Bréfritari: Soffía Daníelsdóttir
Viðtakandi: Jakobína Magnúsdóttir og Daníel Halldórsson
Dagsetning: A-1903-10-18
Skrifað á: Skeggjastöðum  N-Múl.
Soffía var dóttir Jakobínu og Daníels

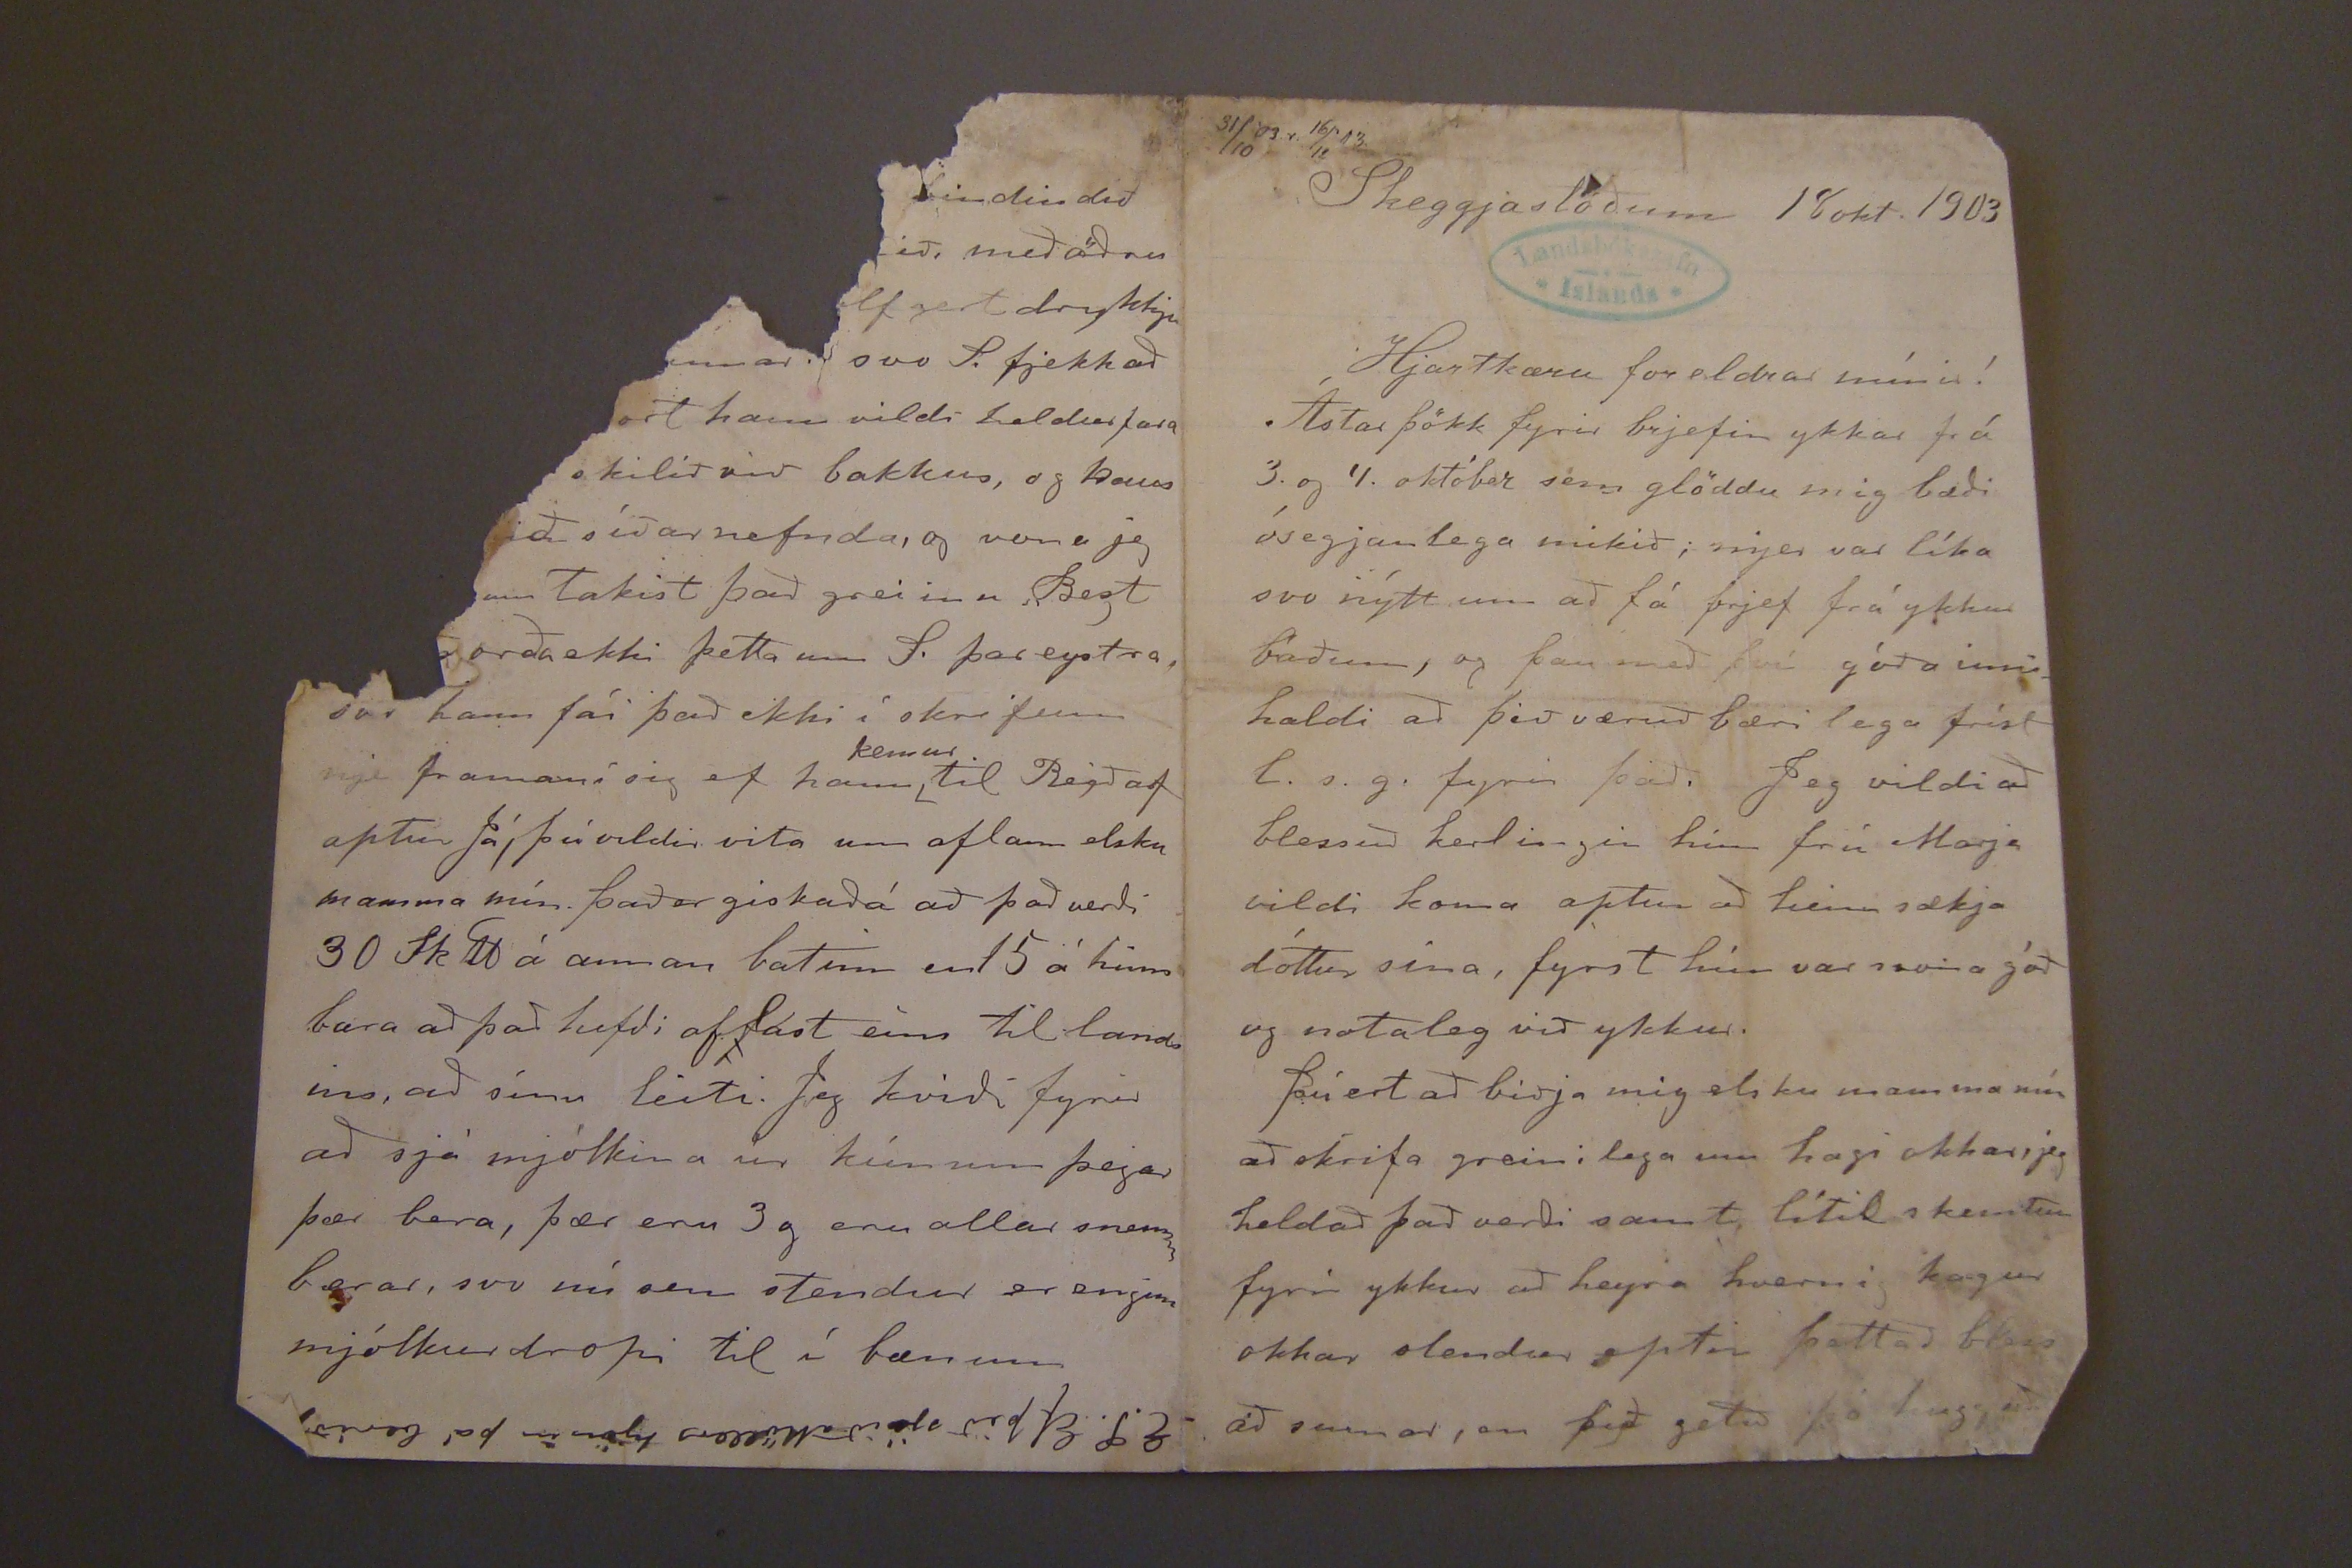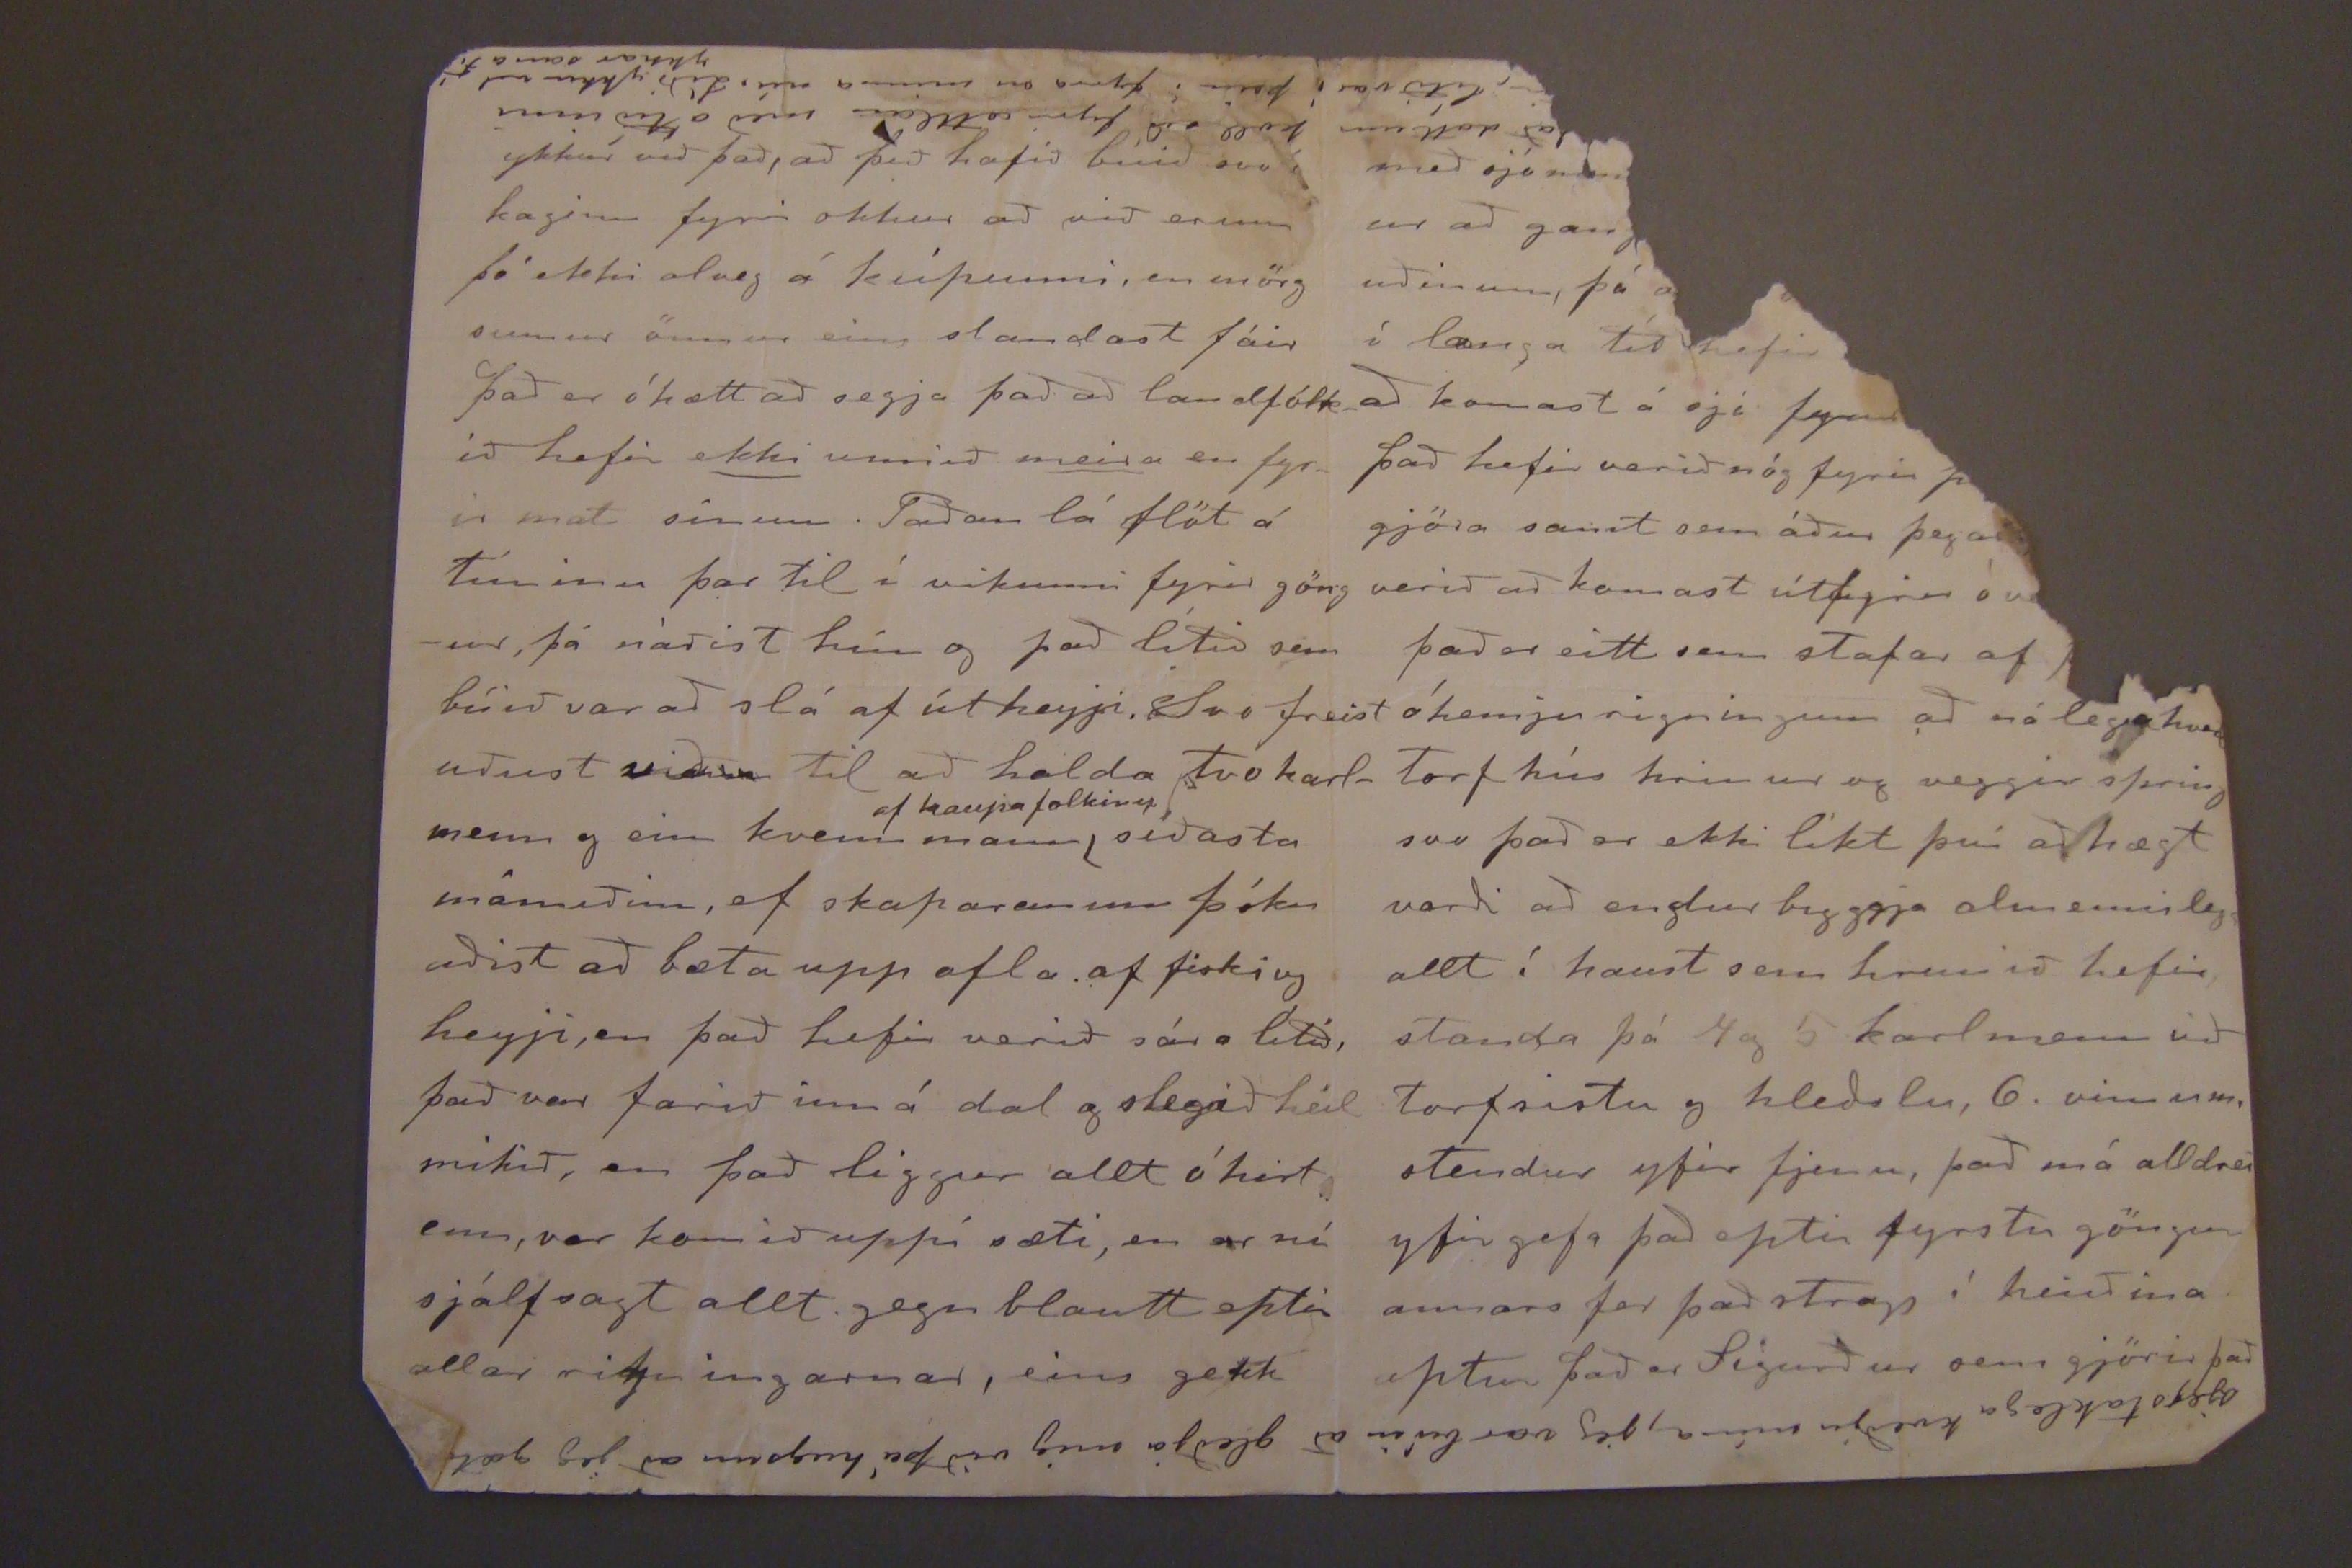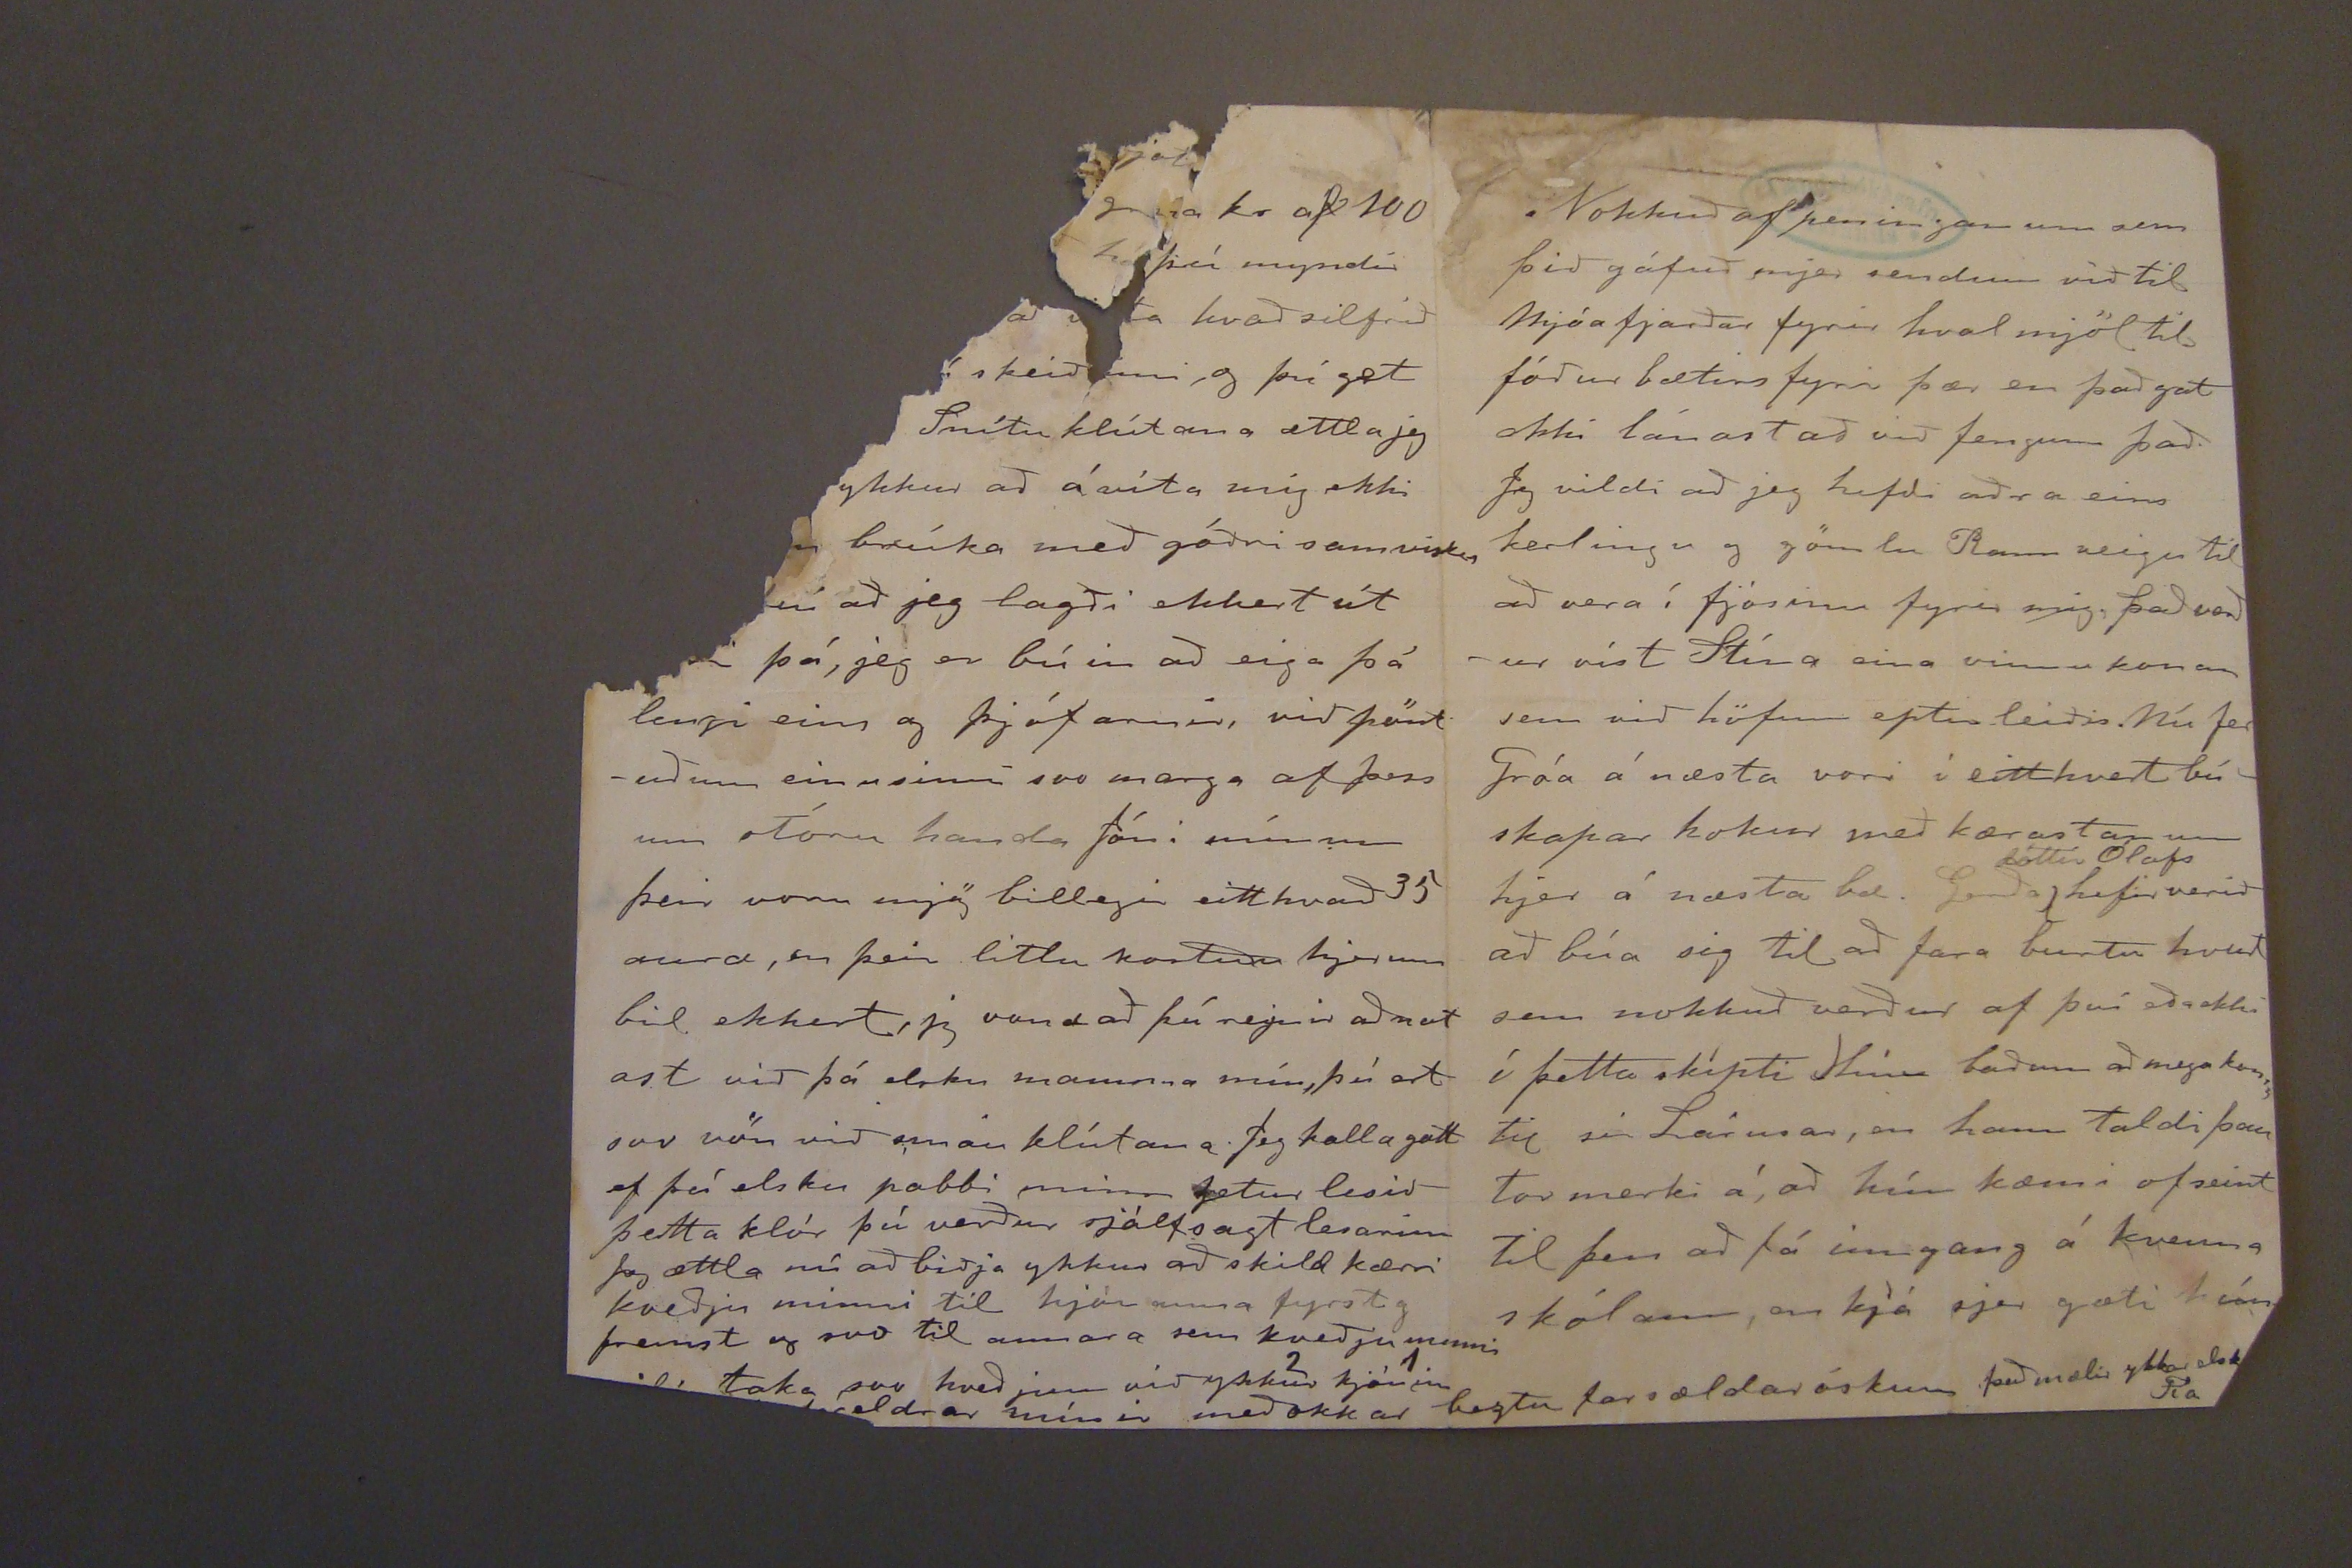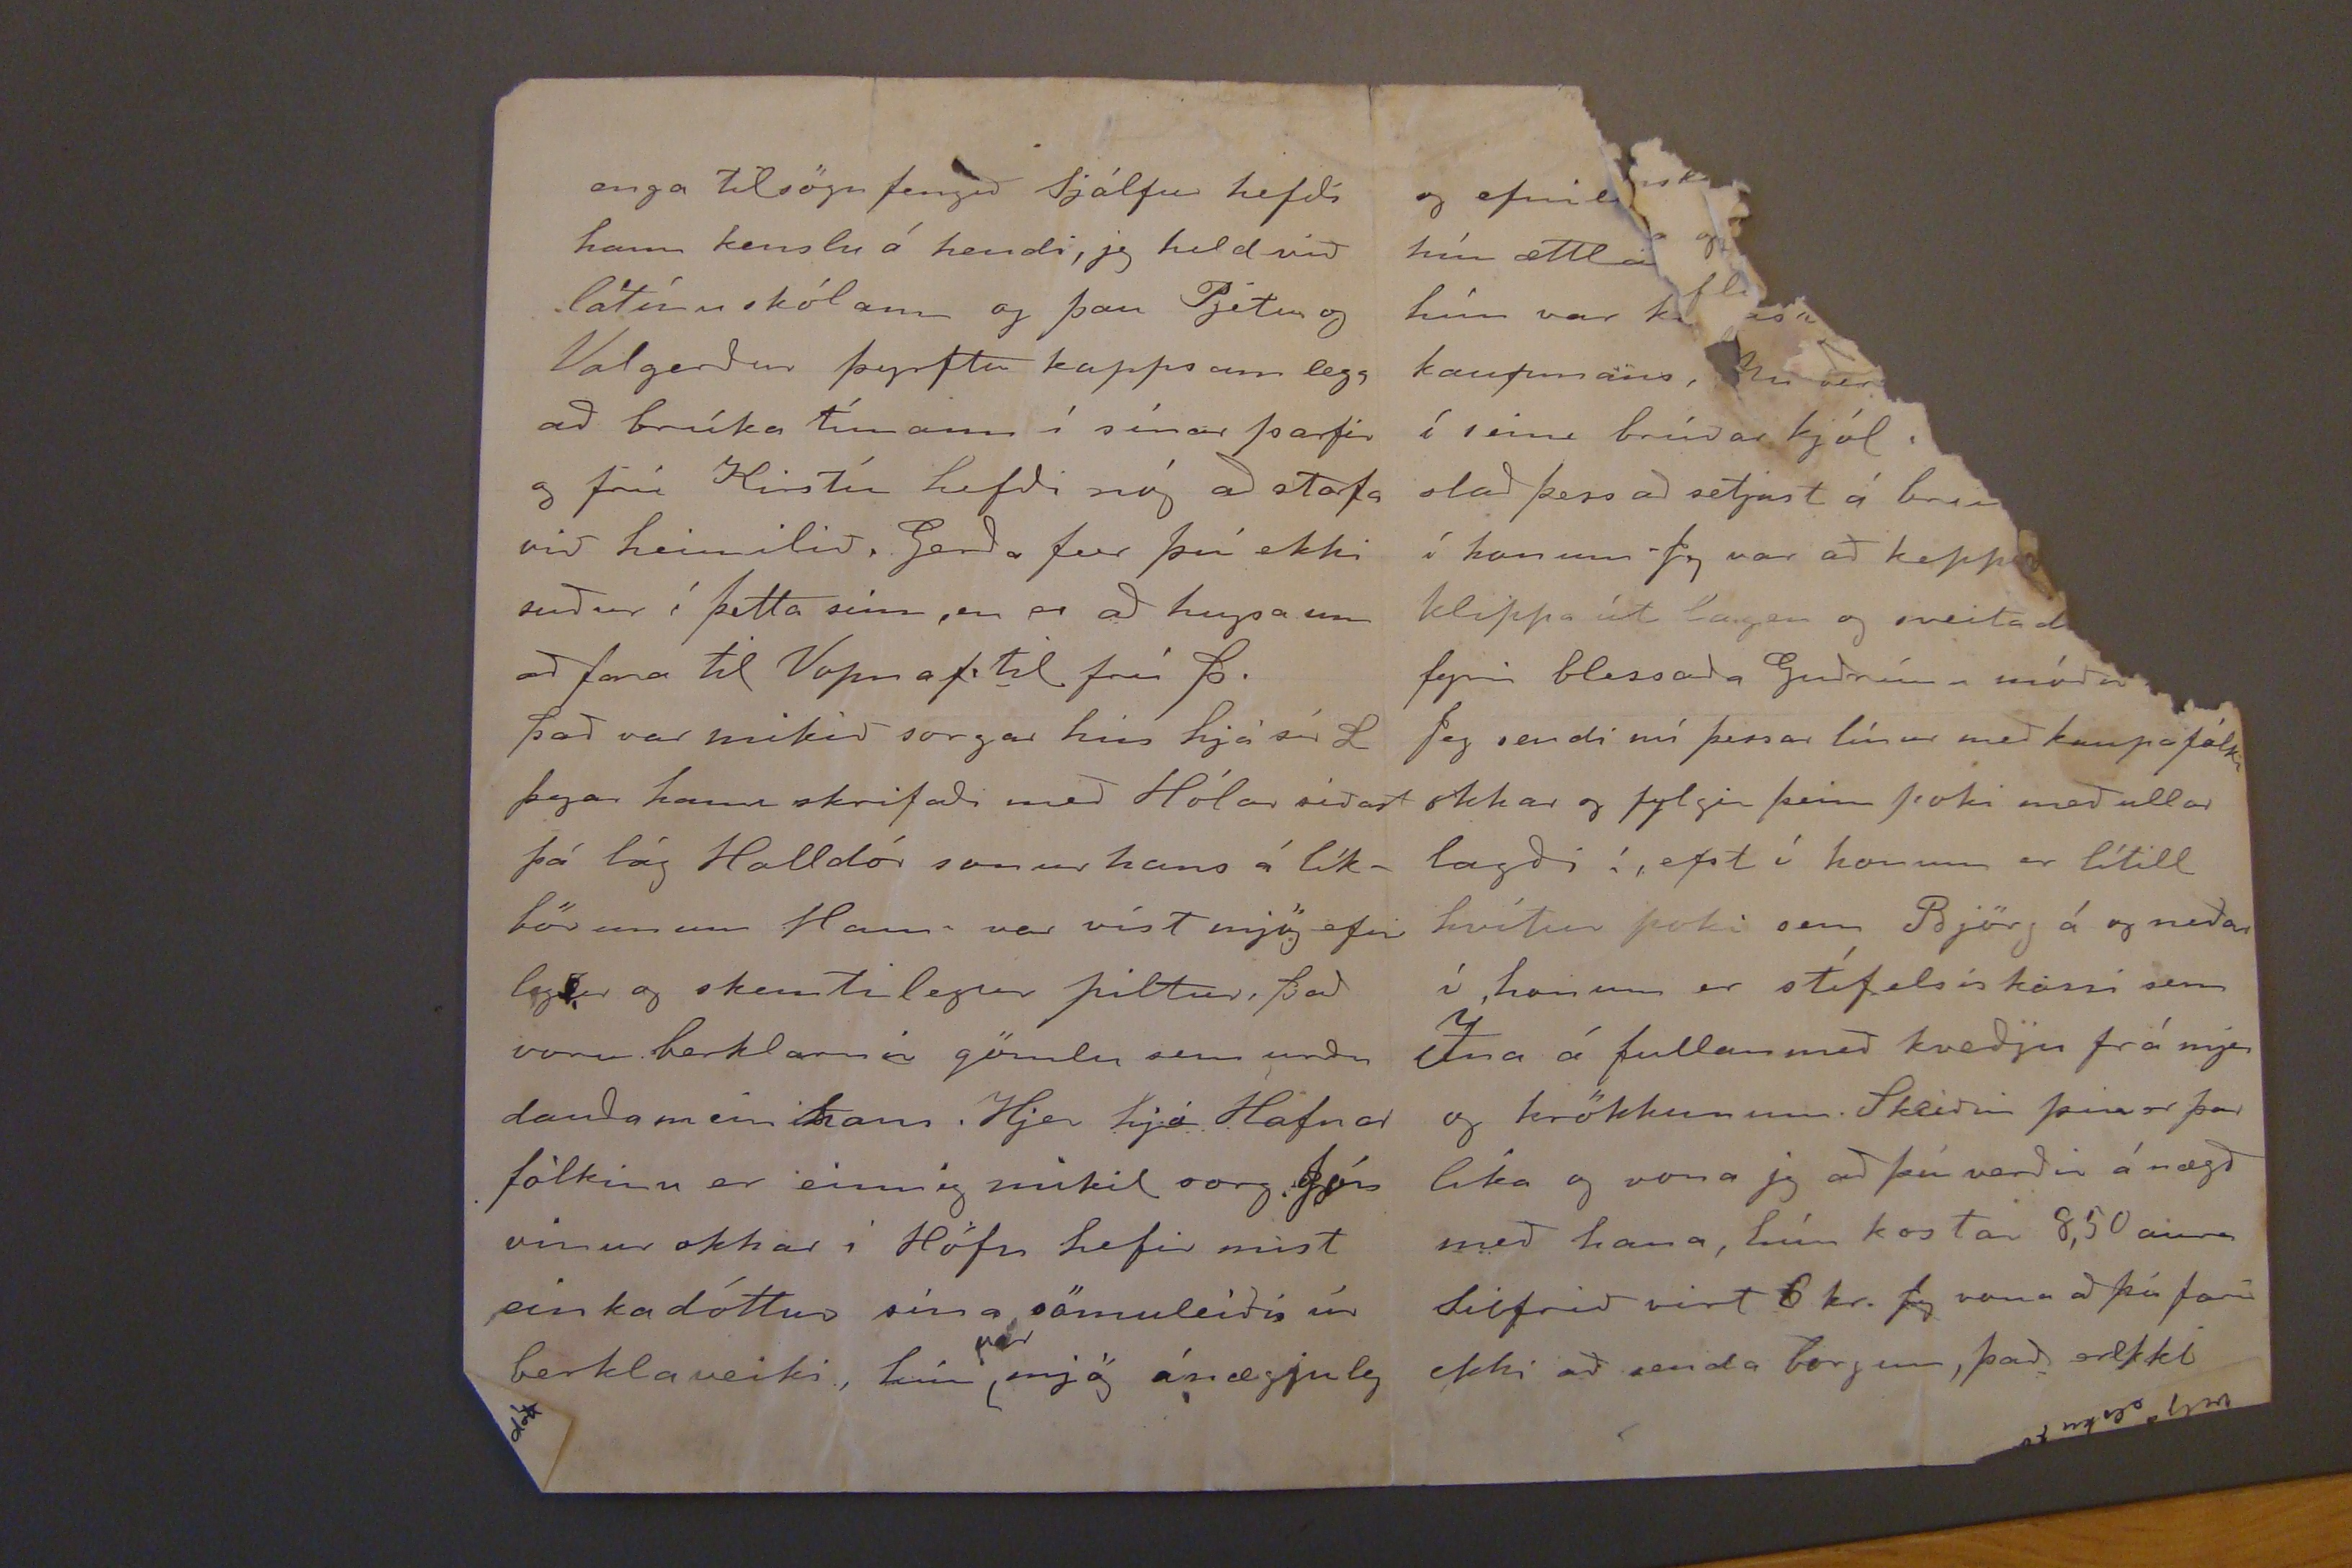

31/10'03.r 16/11'03
Skeggjastöðum 18. okt. 1903
Hjartkæru foreldrar mínir!
Ástar þökk fyrir brjefin ykkar frá 3. og 4. október sem glöddu mig bæði ósegjanlega mikið; mjer var líka svo nýtt um að fá brjef frá ykkur báðum, og þau með því góða innihaldi að þið væruð bærilega frísl l.s.g. fyrir það. Jeg vildi að blessuð kerlingin hinn frú Marja vildi koma aptur að heim sækja dóttur sína, fyrst hún var svona góð og notaleg við ykkur.
þú ert að biðja mig elsku mamma mín að skrifa greinilega um hagi okkar, jeg heldað það verði samt lítil skemtun fyrir ykkur að heyra hverni hagur okkar stendur eptir þettað bless að sumar, en þið getið þó huggað
ykkur við það, að þið hafið búið svo í haginn fyrir okkur að við erum þó ekki alveg á kúpunni, en mörg sumur önnur eins standast fáir það er óhætt að segja það að landfólkið hefir
ekki
unnið
meira
en fyrir mat sínum. Taðan lá flöt á túninu þar til í vikunni fyrir göngur, þá náðist hún og það lítið sem búið var að slá af út heyji. Svo freist uðust við til að halda tvo karlmenn og ein kvenn mann
af kaupafolkinu
síðasta mánuðinn, ef skaparanum þókn aðist að bæta upp afla af fiski og heyji, en það hefir veirð sára lítið, það var farið inn á dal og slegið heil mikið, en það liggur allt óhirt enn, var komið uppí sæti, en er nú sjálfsagt allt gegn blautt eptir allar rigningarnar, eins gekk
bindindið
ið, með öðru
lf gert drykkju
nnar svo S. fjekk að
ort hann vildi heldur fara
skilið við bakkus, og kaus
ið síðar nefnda, og vona jeg
nn takist það greiinu Bezt
orða ekki þetta um S. þar eystra, svo hann fái það ekki í skrifum nje framaní sig ef hann
kemur
til
Regðast
aptur Já, þú vildir vita um aflann elsku mamma mín. það er giskaðá að það verði 30 Sk U á annan batinn en 15 á hinn bara að það hefði af lást eins til lands ins, að sínu leiti. eg kvíði fyrir að sjá mjólkina úr kúnum þegar þær bera, þær eru 3 g eru allar snemma berar, svo nú sem stendur er enginn mjólkudropti til á bænum
E.S. Ef þið sjaið Möllers hjónin þá berið
með sjó m
ur að gang
uðinum, þá
í langa tíð hefir
að komast á sjó fyrir
það hefir verið nóg fyrir
gjöra samt sem áður þegar
verið að komast útfyrir óv
það er eitt sem stafar af
óhemju rigningum að nálega hve Torf hús hrinur og veggir spring svo það er ekki líkt því að hægt verði að endur byggja almennilega allt í haust sem hrunið hefir standa þá 4 og 5 karlmenn við torfristu og hleðslu, 6. vinnum. stendur yfir fjenu, það má alldrei yfir gefa það eptir fyrstu göngu annars fer það strags í heiðina aptur það er Sigurður sem gjörir það
að datt um koll sið fyrir ættlan með á tíðinni
, lítið var í þeim i fyrra en minna nú, Líði ykkur vel ykkar sama Fí
sjerstaklega kveðju mína, jeg var búin að gleðja mig við þá hugsun að jeg gæti
Nokkuð af peninganum sem þið gáfuð mjer sendum við til Mjóafjarðar fyrir hval mjöl til fóður bætirs fyrir þær en það gat ekki lánast að við fengum það Jeg vildi að jeg hefði aðra eins kerlingu og gömlu Rann veigu til að vera í fjósinu fyrir mig. það verður víst Stína eina vinnu konan sem við höfum eptir leiðis. Nú fer Gróa á næsta vori í eitthvert búskapar hokur með kærastan um hjer á næsta bæ. Gerða
dóttir Ólafs
hefir verið að búa sig til að fara burtu hvað sem nokkuð verður af því eða ekki í þetta skipti Hún baðum að mega koma til sír Lárusar, en hann taldi þau tormerki á, að hún kæmi of seint til þess að fá inngang á kvenna skólanum, en hjá sjer gæti hún
enga tilsögu fengið Sjálfur hefði hann kenslu á hendi, jeg held við latínu skólann og þau Pjetur og Valgerður þyrftu kappsam legg að brúka tímann í sínar þarfir og frú Kristín hefði nóg að starfa við heimilið. Gerða fer því ekki suður í þetta sinn, en er að hugsa um að fara til Vopnaf. til frú þ.
það var mikið sorgar hús hjá sír L. þegar hann skrifaði með Hólar síðast þá lág Halldór sonur hans á líkbörunum Hann var víst mjög efni legur og skemtilegur piltur, það voru berklarnir gömlu sem urðu dauðamein hans. Hjer hjá Hafnar fólkinu er einnig mikil sorg. Jón vinur okkar i Höfn hefir mist einkadóttur sína sömuleiðis úr berklaveiki, hún
var
mjög ánægjuleg
kr af 100
þú myndir
kvað silfrið
skeiðinni, og þú gæt
Snítuklútana ættla jeg
ykkur að ávíta mig ekki
brúka með góðri samvisku
að jeg lagði ekkert út
þá, jeg er búin að eiga þá
lengi eins og þjófarnir, við pöntuðum einusinni svo marga af þess um stóru handa Jóni mínum þeir voru mjög billegir eitthvað 35 aura, en þeir litlu kostuðu hjer um bil ekkert, jeg vona að þú reynir að not ast við þá elsku mamma mín, þú ert svo vön við smáu klútana Jeg kalla gott ef þú elsku pabbi minn getur lesið þetta klór þú verður sjálfsagt lesarinn Jeg ættla nú að biðja ykkur að skila kærri kveðju minni til hjónanna fyrst og fremst og svo annara sem kveðju minni vil taka svo kveðjum við ykkur
2
hjónin
1
elsku foreldrar mínir með okkar beztu farsældar óskum það mælir ykkar elsk dótt
Fía
og efni
hún ættla
hún var k
kaupmans,
í
sinn
brúðar kjól,
stað þess að setjast á bren
í honum Jeg var að kepp
klippa út ager og sveita d
fyrir blessaða Guðrúnu móðu
Jeg sendi nú þessar línur með kaupafólki okkar og fylgir þeim poki með ullar lagði í, efst í honum er lítill hvítur poki sem Björg á og neðar í honum er stífelsiskorn sem Ína á fullan með kveðju frá mjer og krökkunum. Skeiðin þín er þar lika og vona jeg að þú verðir á nægð með hana, hún kostar 8,50 aura Silfrið virt 6 kr. Jeg vona að þú fari ekki að senda bogun, það erekki